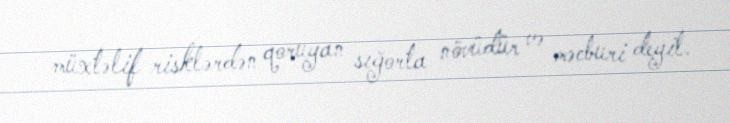
müxtəlif risklərdən qoruyan sığorta növüdür və məcburi deyil.